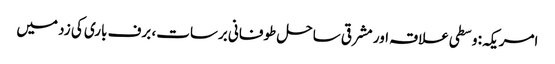
امریکہ: وسطی علاقہ اور مشرقی ساحل طوفانی برسات، برف باری کی زد میں